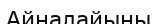
Айналайыны